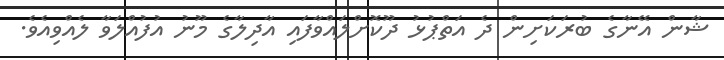
ޝާން އޭނާގެ ބުރަކަށިން ދެ އަތްޕުޅު ދޫކޮށްލައްވާފައި އާދިލާގެ މޫނު އުފުއްލަވާ ލެއްވިއެވެ.